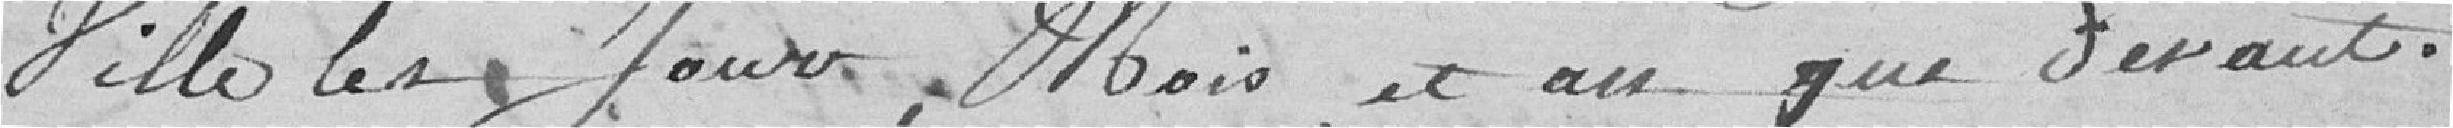
Ville, les jours, mois et an que devant.